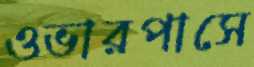
ওভারপাসে